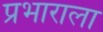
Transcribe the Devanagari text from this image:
प्रभाराला